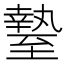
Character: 𦥎